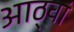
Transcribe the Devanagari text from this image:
आठ्वां